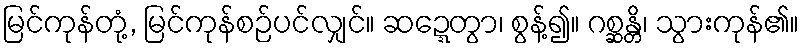
မြင်ကုန်တုံ့, မြင်ကုန်စဉ်ပင်လျှင်။ ဆဍ္ဍေတွာ၊ စွန့်၍။ ဂစ္ဆန္တိ၊ သွားကုန်၏။